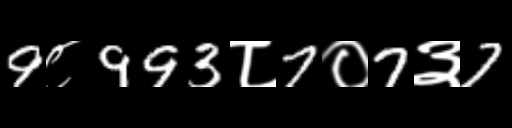
Text: 9८993८7०7३7